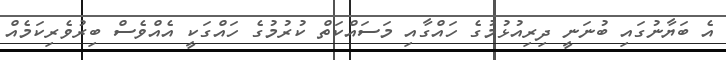
އެ ބަޔާނުގައި ބުނަނީ ދިރިއުޅުމުގެ ހައްގާއި މަސައްކަތް ކުރުމުގެ ހައްގަކީ އެއްވެސް ބިރުވެރިކަމެއް